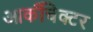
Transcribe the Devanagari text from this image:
आर्कीचेक्टर